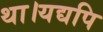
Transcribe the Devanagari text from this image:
था।यद्यपि